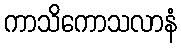
ကာသိကောသလာနံ